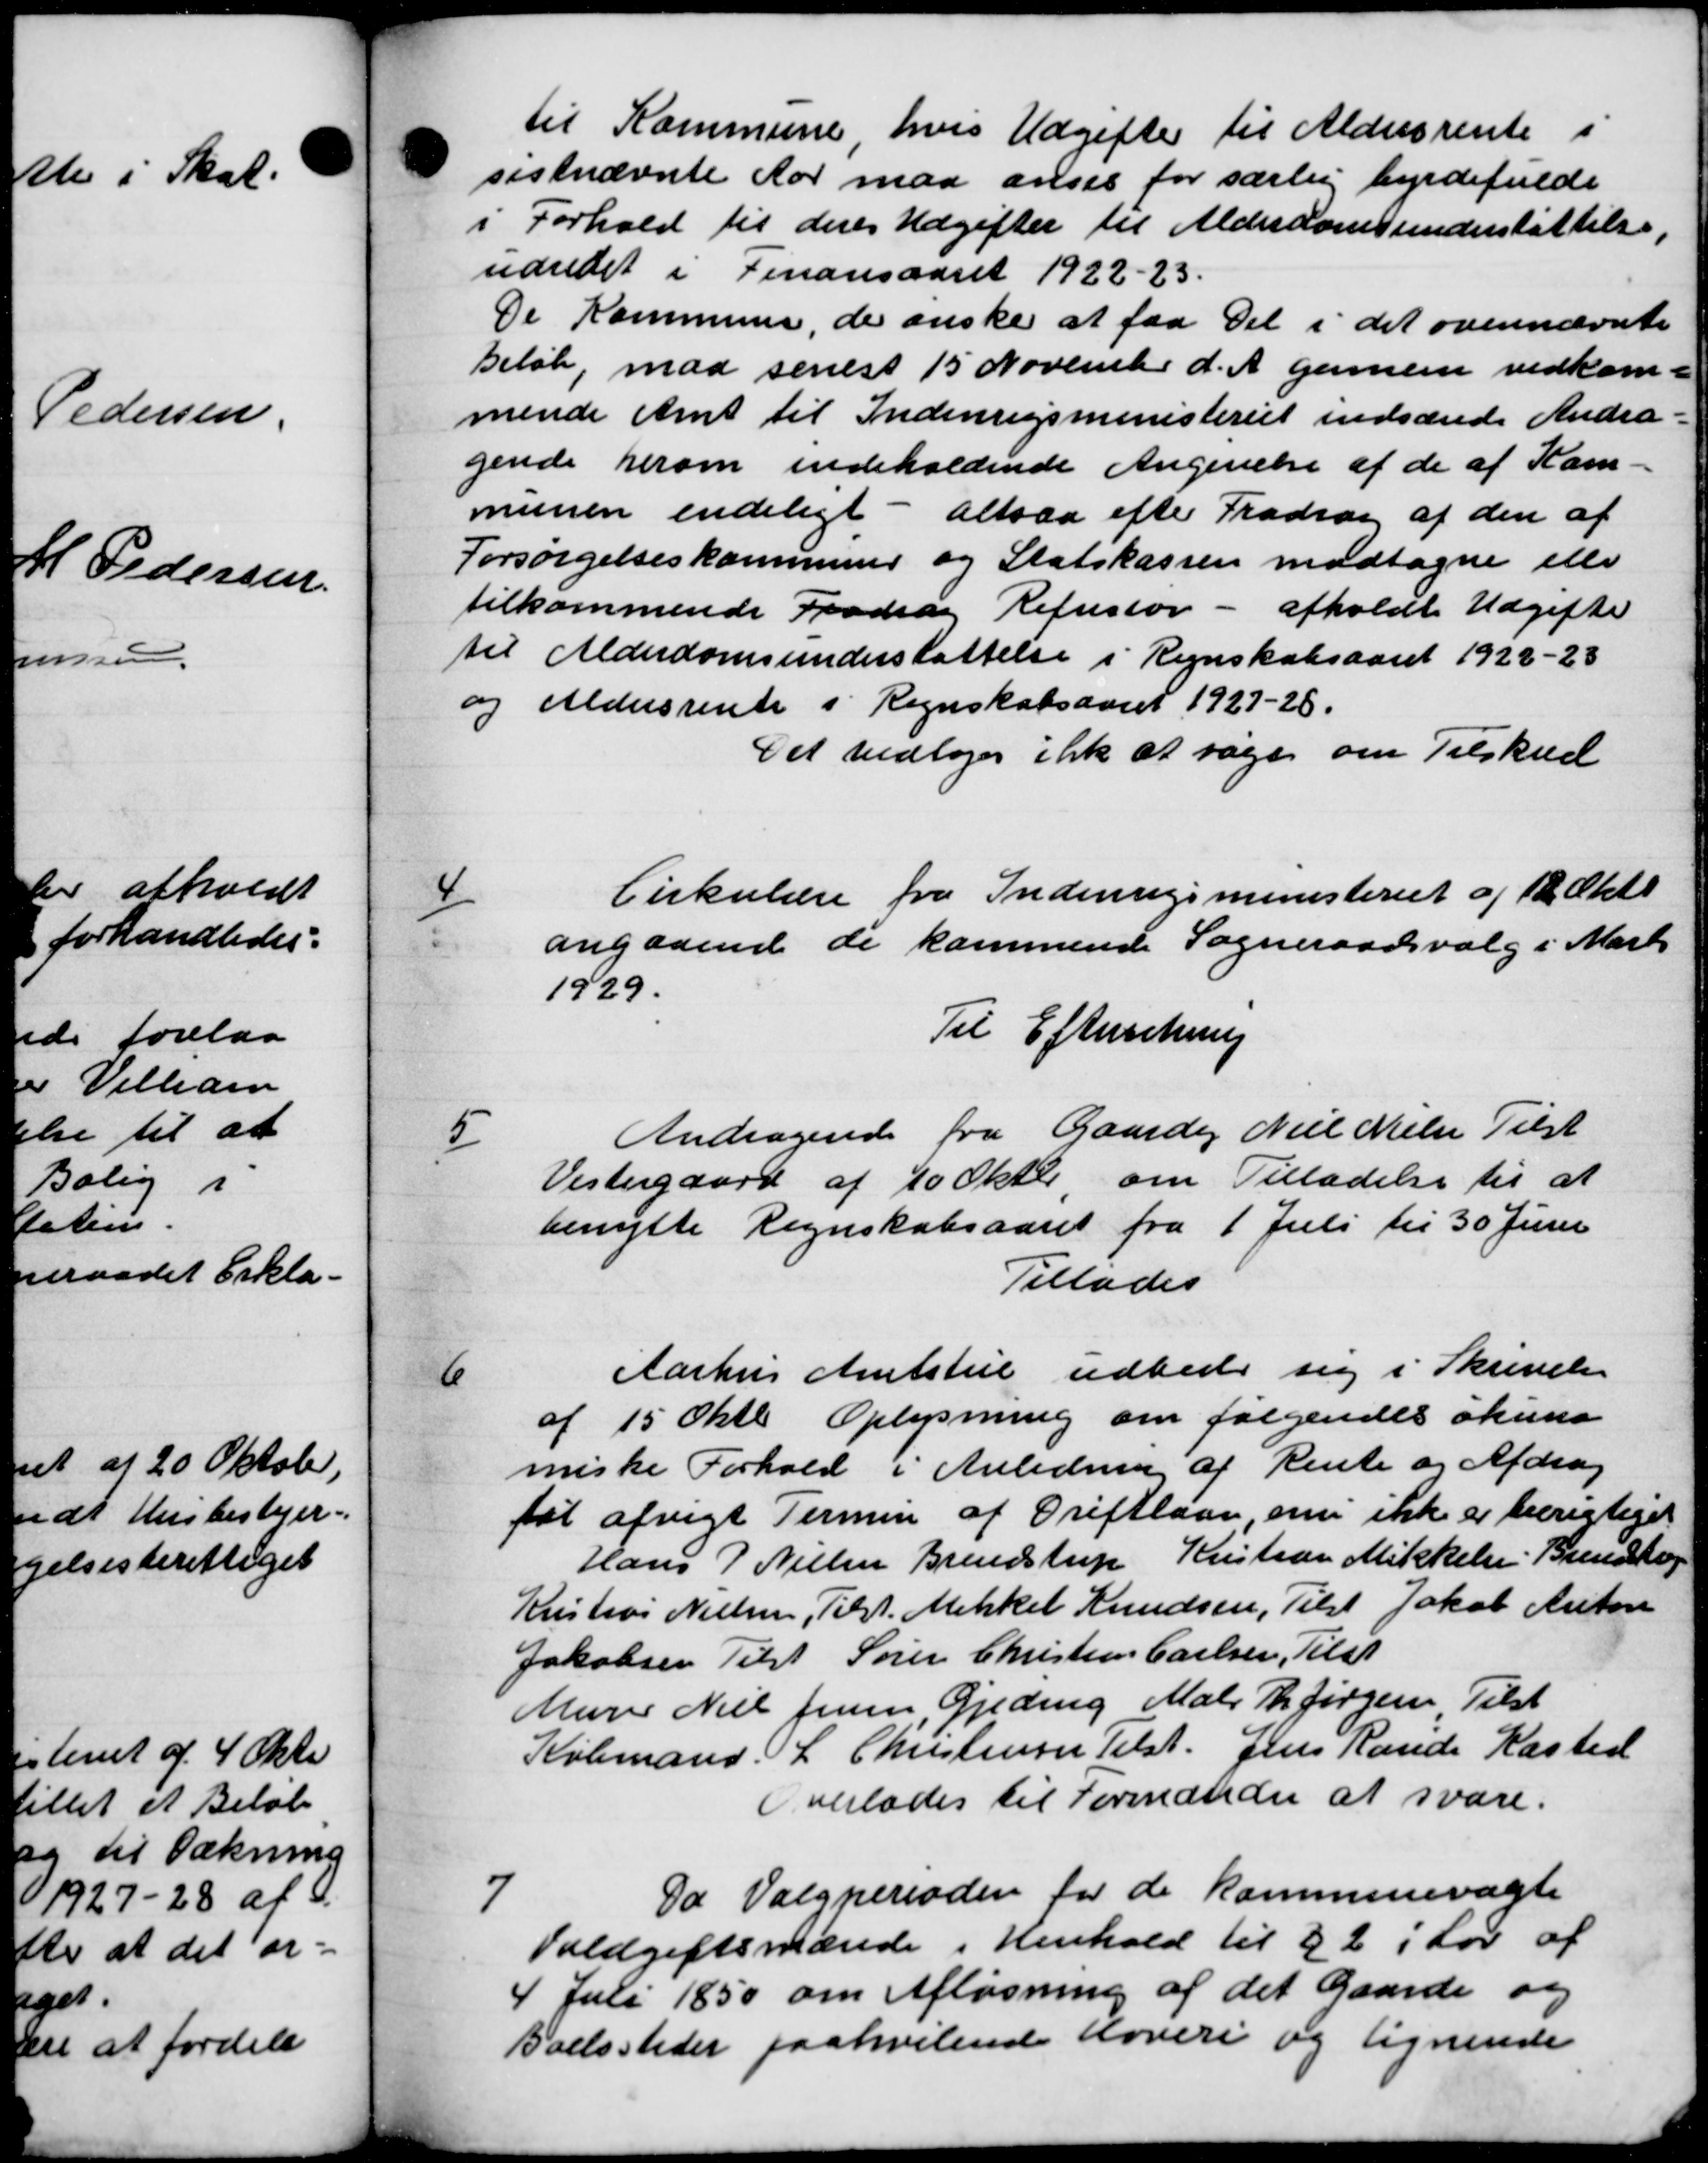
Transskription:
til Kommune hvis Udgifter til Aldersrente
sestnævnte Aar maa anses for særlig byrdefulde
i Forhold til deres Udgifter til Alderdomsunderstøttelse.
udredet i Finansaaret 1922-23.
De Kommune, de ønske at faa det i det ovennævnte
Beløb, maa senest 15 November d. A. Gamlen vedkom-
mende Amt til Indenrigsministeriet indsærede Andra-
gende herom indeholdende Angivelse af de af Kom-
munen endeligt - altsaa efter Fradrag af den af
Forsørgelseskommuner og Statskassen modtagne eller
tilkommende Fradrag Refustor - afholdte Udgifter
til Alderdomsunderstøttelse i Regnskabsaaret 1922-23
og Aldersrente i Regnskabsaaret 1927-28.
Det vedtoges ikke at søge om Tilskud
4
Cirkulære fra Indenrigsministeriet af 12 Okto
angaaende de kommende Sogneraadsvalg i Marts
1929.
Til Efterretning
5
Andragende fra Gaardej Niel Nielsen Tilst
Vestergaard af 10 Oktober om Tilladelse til at
benytte Regnskabsaaret fra 1 Juli til 30 Juni
Tillades
6
Aarhus Amtstue udbede sig i Skrivelse
af 15 Oktb. Oplysning om følgendes økund
miske Forhold i Anledning af Rente og Afdrag
tat afvigt Termin af Driftlaan, om ikke er berigtiget
Hans P Nielsen Brendstrup Kristian Mikkelse Brendstop
Kristias Nielsen, Tilst. Mikkel Knudsen, Tilst Jakob Anton
Jakobsen Tilst Søren Christens Carlsen, Tilst
Murer Niels Jensen, Gjeding Malr Th. Jørgensen Tilst
Købmand L. Christensen Tilst. Jens Raude Kasted
Overlades til Formanden at svare.
7
Da Valgperioden for de kommunevagte
Voldgiftsmænde i Henhold til §2 i Lov af
Juli 1850 om Afløsning af det Gaarde og
Boelssteder paahvilende Hoveri og lignende